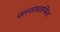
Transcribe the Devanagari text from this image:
परस्परावलम्बित्व